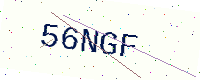
Text: 56NGF